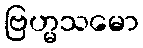
ဗြဟ္မသမော